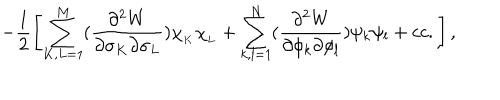
- \frac { 1 } { 2 } \left[ \sum _ { K , L = 1 } ^ { M } ( \frac { \partial ^ { 2 } W } { \partial \sigma _ { K } \partial \sigma _ { L } } ) \chi _ { _ K } \chi _ { _ L } + \sum _ { k , l = 1 } ^ { N } ( \frac { \partial ^ { 2 } W } { \partial \phi _ { k } \partial \phi _ { l } } ) \psi _ { k } \psi _ { l } + c c . \right] ,